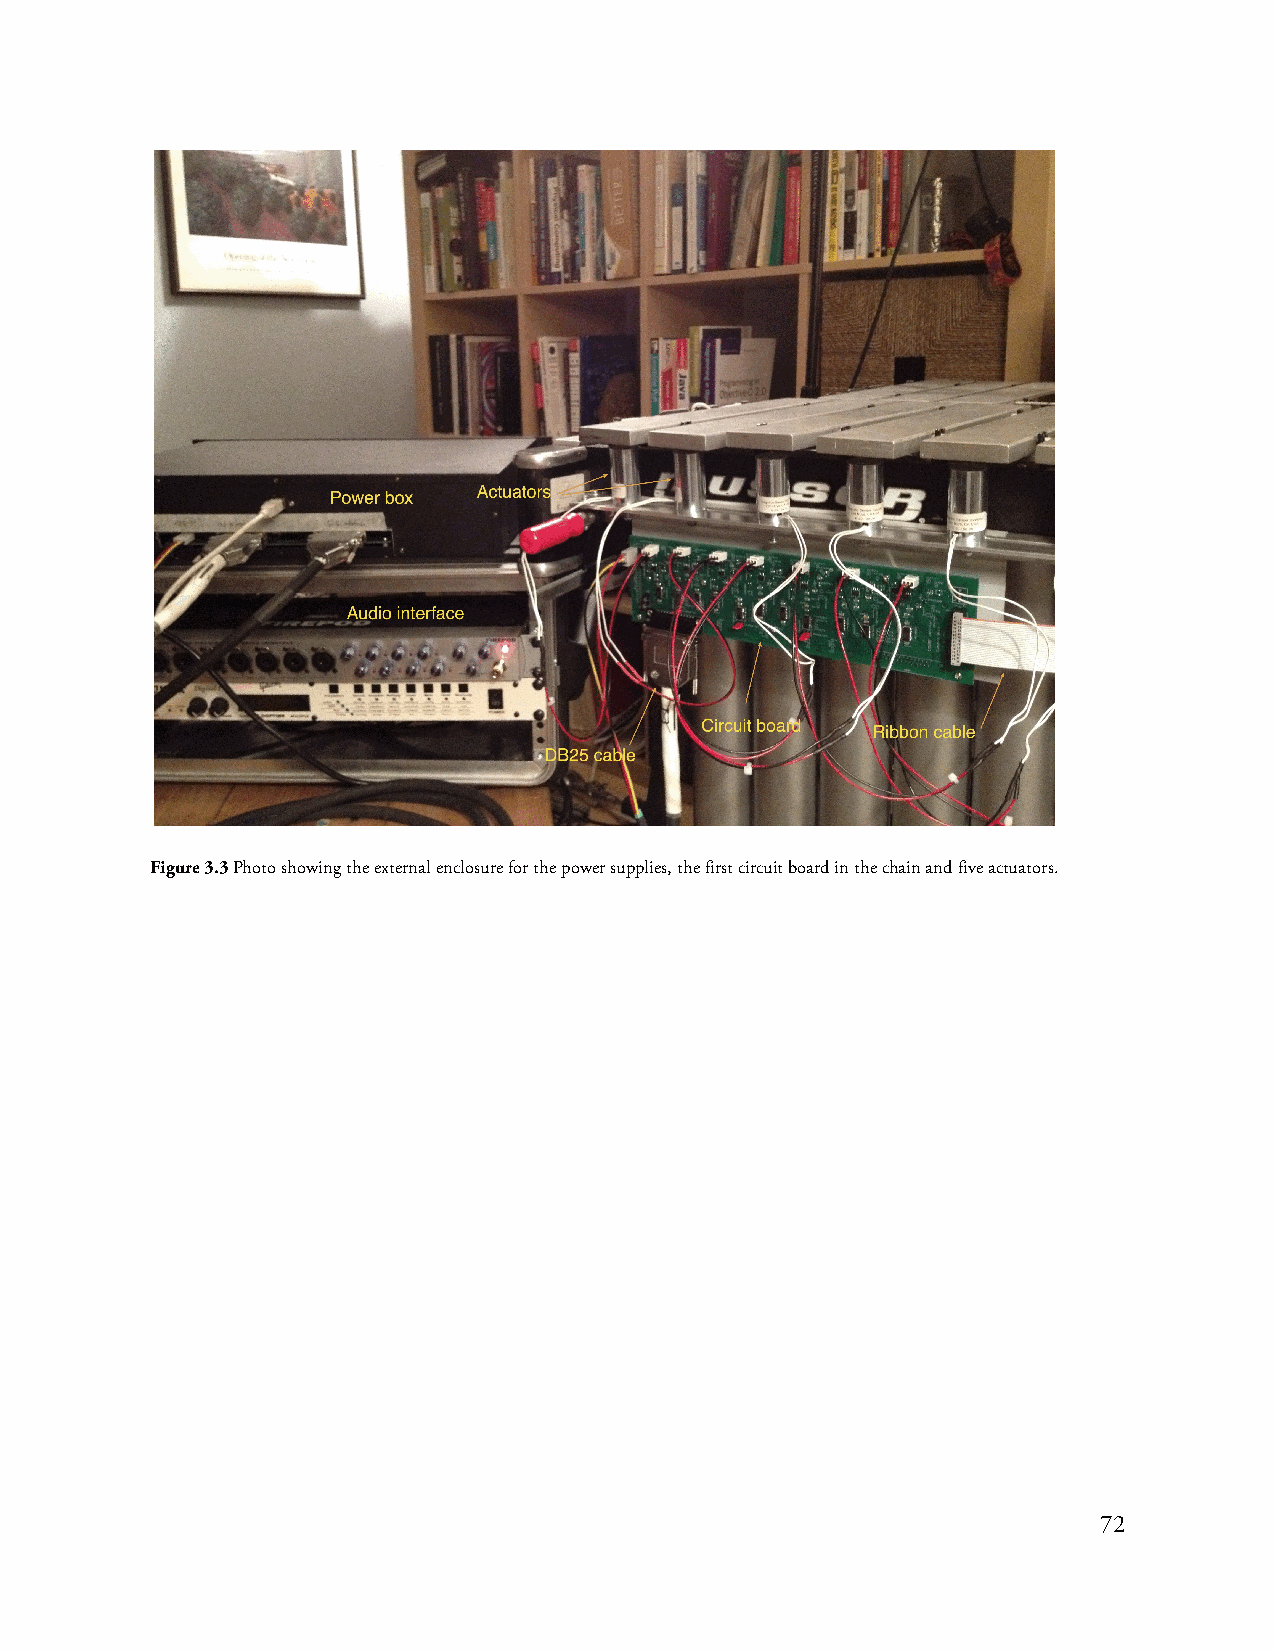
Figure 3.3 Photo showing the external enclosure for the power supplies, the first circuit board in the chain and five actuators.
 72